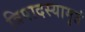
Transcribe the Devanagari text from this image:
त्रिपादस्यामृतं